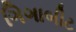
ગિગાબીટ